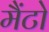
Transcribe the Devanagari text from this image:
मैंटो